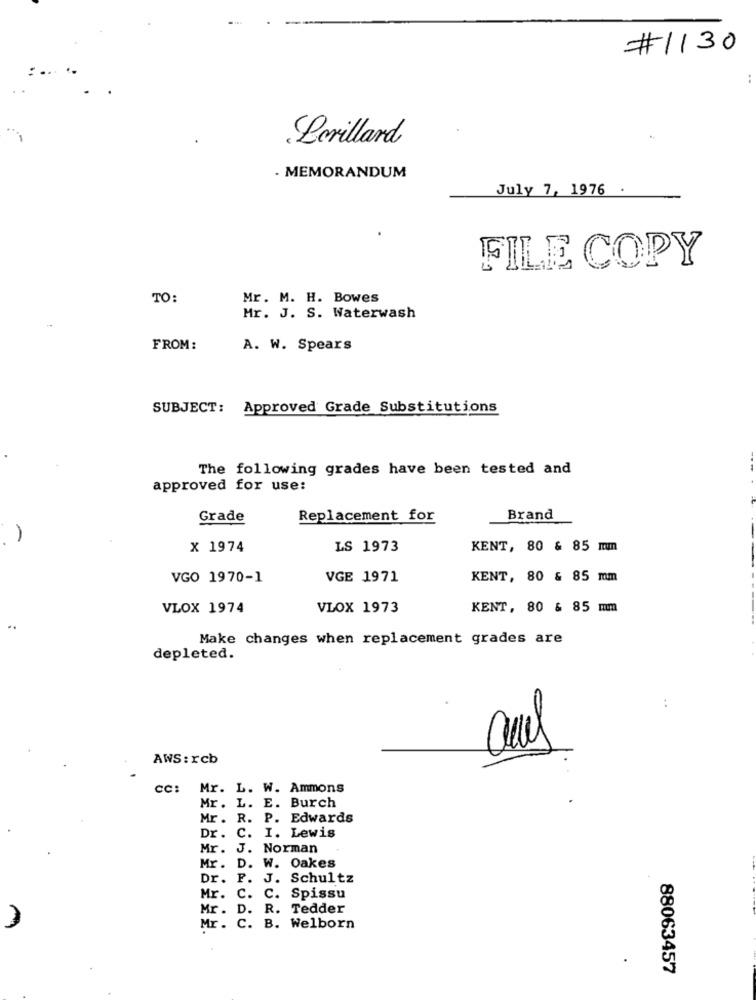
#1130
Lerillard
- MEMORANDUM
July 7, 1976 .
FILE COPY
TO:
Mr. M. H. Bowes
Mr. J. S. Waterwash
FROM:
A. W. Spears
SUBJECT: Approved Grade Substitutions
The following grades have been tested and
approved for use:
Grade
Replacement for
Brand
x 1974
LS 1973
KENT, 80 & 85 mm
VGO 1970-1
VGE 1971
KENT, 80 & 85 mm
VLOX 1974
VLOX 1973
KENT, 80 & 85 mm
Make changes when replacement grades are
depleted.
:
AWS: rcb
cc: Mr. L. W. Ammons
Mr. L. E. Burch
Mr. R. P. Edwards
Dr. C. I. Lewis
Mr. J. Norman
Mr. D. W. Oakes
Dr. F. J. Schultz
Mr.
c .
C. Spissu
Mr. D. R. Tedder
Mr.
C. B. Welborn
88063457